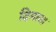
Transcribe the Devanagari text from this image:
दिमाख